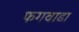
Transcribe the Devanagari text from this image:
फगवाडा